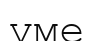
үме